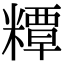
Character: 䊤